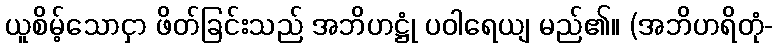
ယူစိမ့်သောငှာ ဖိတ်ခြင်းသည် အဘိဟဋ္ဌုံ ပဝါရေယျ မည်၏။ (အဘိဟရိတုံ-